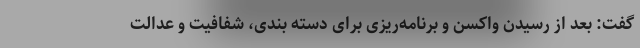
گفت: بعد از رسیدن واکسن و برنامه‌ریزی برای دسته بندی، شفافیت و عدالت